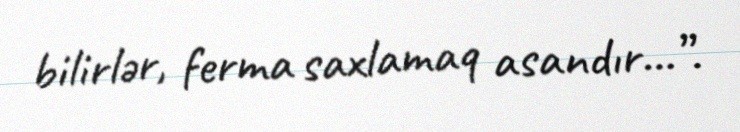
bilirlər, ferma saxlamaq asandır...”.